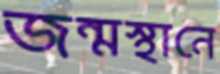
জন্মস্থানে